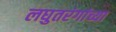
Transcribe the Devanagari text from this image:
लघुतरंगांच्या